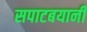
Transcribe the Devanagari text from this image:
सपाटबयानी